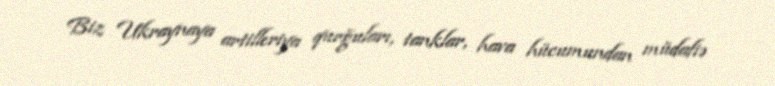
Biz Ukraynaya artilleriya qurğuları, tanklar, hava hücumundan müdafiə